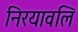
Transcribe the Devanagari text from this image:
निरयावलि